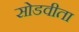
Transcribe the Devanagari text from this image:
सोडवीता